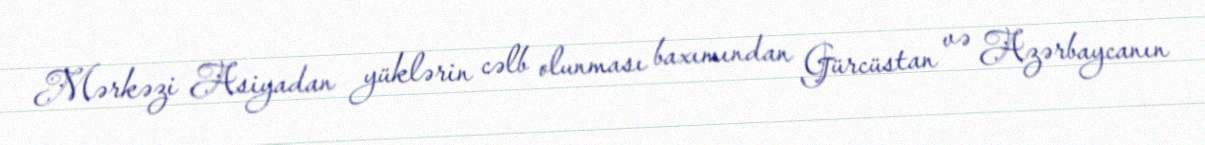
Mərkəzi Asiyadan yüklərin cəlb olunması baxımından Gürcüstan və Azərbaycanın